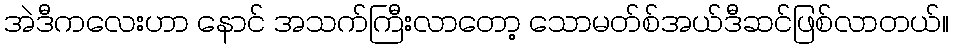
အဲဒီကလေးဟာ နောင် အသက်ကြီးလာတော့ သောမတ်စ်အယ်ဒီဆင်ဖြစ်လာတယ်။